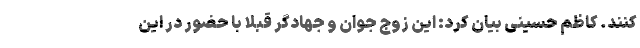
کنند. کاظم حسینی بیان کرد: این زوج جوان و جهادگر قبلا با حضور در این